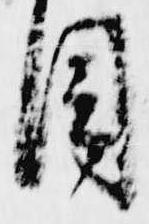
目